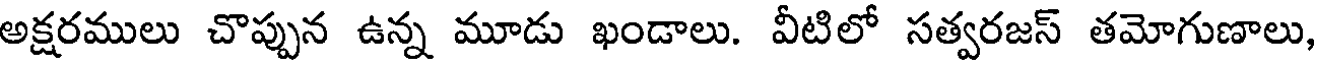
అక్షరములు చొప్పున ఉన్న మూడు ఖండాలు. వీటిలో సత్వరజస్ తమోగుణాలు,